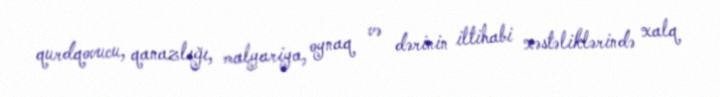
qurdqovucu, qanazlığı, malyariya, oynaq və dərinin iltihabi xəstəliklərində xalq